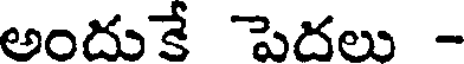
అందుకే పెదలు -